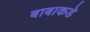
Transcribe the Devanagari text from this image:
बाबाकडे